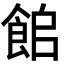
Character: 𩛍